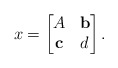
\begin{align*} x =\begin{bmatrix}A & \mathbf{b}\\\mathbf{c} & d\end{bmatrix}.\end{align*}